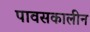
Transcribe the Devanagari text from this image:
पावसकालीन